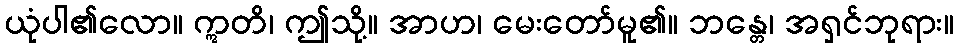
ယုံပါ၏လော။ ဣတိ၊ ဤသို့။ အာဟ၊ မေးတော်မူ၏။ ဘန္တေ၊ အရှင်ဘုရား။